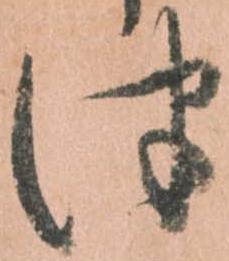
つ